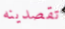
تقصدينه